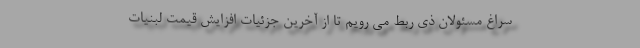
سراغ مسئولان ذی ربط می رویم تا از آخرین جزئیات افزایش قیمت لبنیات